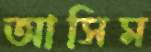
আসিম